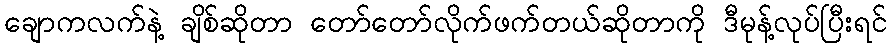
ချောကလက်နဲ့ ချိစ်ဆိုတာ တော်တော်လိုက်ဖက်တယ်ဆိုတာကို ဒီမုန့်လုပ်ပြီးရင်